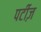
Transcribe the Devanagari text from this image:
पर्टीज़